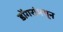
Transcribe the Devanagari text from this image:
डोंगरांमधून